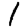
Digit: 1